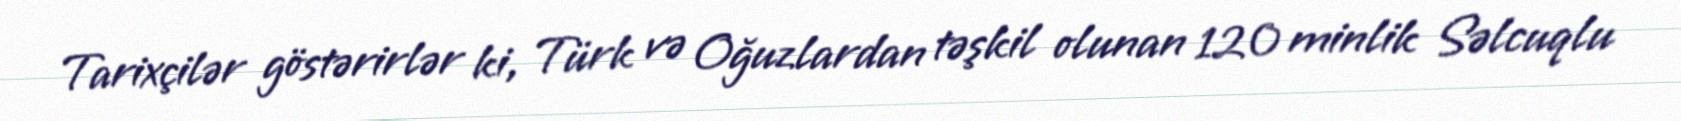
Tarixçilər göstərirlər ki, Türk və Oğuzlardan təşkil olunan 120 minlik Səlcuqlu